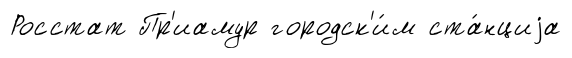
Росстат Пр'иамур городск'и́м ста́нциjа